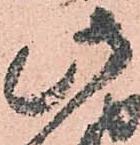
此